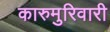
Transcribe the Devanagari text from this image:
कारुमुरिवारी